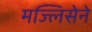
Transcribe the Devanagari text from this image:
मज्लिसेने